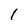
Character: 1